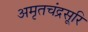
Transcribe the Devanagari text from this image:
अमृतचंद्रसूरि